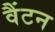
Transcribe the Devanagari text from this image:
वैंटन